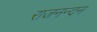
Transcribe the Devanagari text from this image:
राजनन्दन